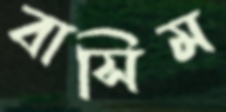
বাসিম